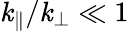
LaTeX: \mathit{k}_{\| }/\mathit{k}_{\perp}\ll1